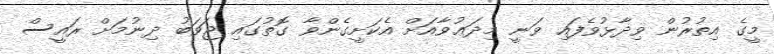
މީގެ އިތުރުން ވިދާޅުވެފައި ވަނީ މިދަޢުވާއަށް އެކަށީގެންވާ ގޮތުގައި ޖަވަބު ދިނުމަށް ރައީސް